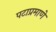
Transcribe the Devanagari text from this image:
पटाप्रमाणे